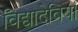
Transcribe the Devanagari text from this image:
विद्यादेवियां